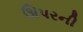
ઊપરની